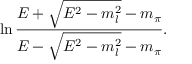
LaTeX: \ln { \frac { E + \sqrt { E ^ { 2 } - m _ { l } ^ { 2 } } - m _ { \pi } } { E - \sqrt { E ^ { 2 } - m _ { l } ^ { 2 } } - m _ { \pi } } } .